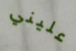
عليني